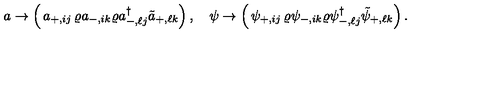
a \rightarrow \left( \begin{matrix} { a _ { + , i j } } & { \varrho a _ { - , i k } } \\ { \varrho a _ { - , \ell j } ^ { \dagger } } & { \tilde { a } _ { + , \ell k } } \\ \end{matrix} \right) , \quad \psi \rightarrow \left( \begin{matrix} { \psi _ { + , i j } } & { \varrho \psi _ { - , i k } } \\ { \varrho \psi _ { - , \ell j } ^ { \dagger } } & { \tilde { \psi } _ { + , \ell k } } \\ \end{matrix} \right) .